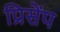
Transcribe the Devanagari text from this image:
प्रिसेंप